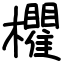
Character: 欋